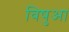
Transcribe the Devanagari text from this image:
विषुआ